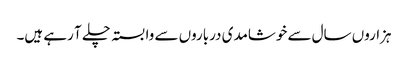
ہزاروں سال سے خوشامدی درباروں سے وابستہ چلے آ رہے ہیں۔